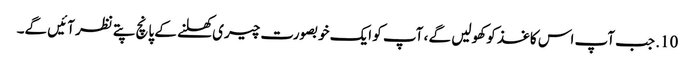
10. جب آپ اس کاغذ کو کھولیں گے ، آپ کو ایک خوبصورت چیری کھلنے کے پانچ پتے نظر آئیں گے۔